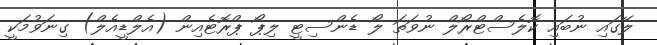
ލޭގައި ނުބައި ކޮލެސްޓްރޯލް ނުވަތަ ލޯ ޑެންސިޓީ ލިޕޯ ޕްރޮޓެއިން (އެލްޑީއެލް) ގިނަވުމަކީ